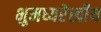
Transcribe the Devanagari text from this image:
भुमध्यरेखीय